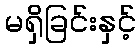
မရှိခြင်းနှင့်